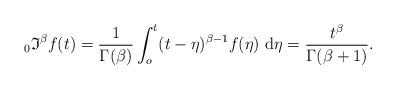
LaTeX: \begin{align*}{_{0} \mathfrak{I}^{\beta}f(t)}=\frac{1}{\Gamma (\beta)} \int_o ^t (t-\eta)^{\beta-1} f(\eta)~\mathrm{d}\eta=\frac{t^\beta}{\Gamma{(\beta+1)}}.\end{align*}